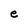
Character: e